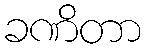
ခဏိတာ